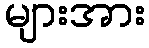
များအား